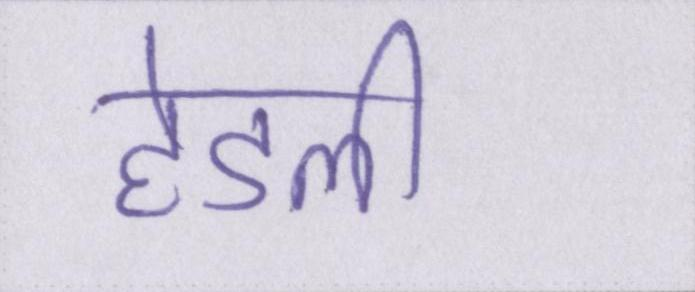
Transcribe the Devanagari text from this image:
हेडली